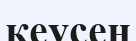
кеусен